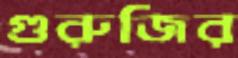
গুরুজির